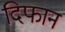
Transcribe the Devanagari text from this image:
दिफान